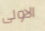
الاولى